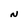
Character: N